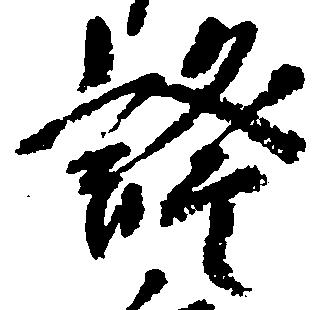
証